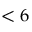
< 6